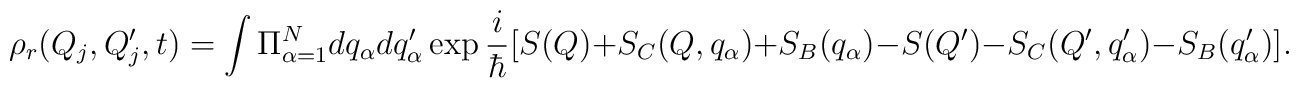
\rho_r(Q_{j}, Q'_{j}, t) =      \int \Pi_{\alpha=1}^{N} dq_{\alpha} dq'_{\alpha} \exp \frac{i}{\hbar}      [S(Q)+S_C(Q,q_{\alpha})+S_B(q_{\alpha})      -S(Q')-S_C(Q',q'_{\alpha})- S_B(q'_{\alpha})].